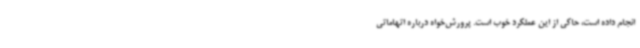
انجام داده است، حاکی از این عملکرد خوب است. پرورش‌خواه درباره اتهاماتی